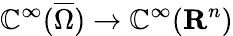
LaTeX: \displaystyle{\mathbb{C}^{\infty}({\overline{{{\Omega}}}})\rightarrow\mathbb{C}^{\infty}(\mathbf{{R}}^{n})}